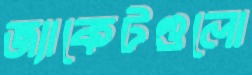
জ্যাকেটগুলো